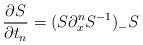
LaTeX: \begin{align*}\frac{\partial S}{\partial t_n}=(S\partial_{x}^nS^{-1})_-S\end{align*}